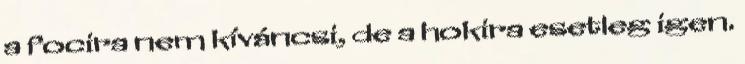
a focira nem kíváncsi, de a hokira esetleg igen.